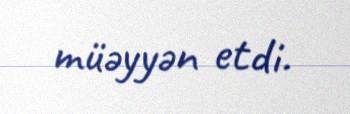
müəyyən etdi.